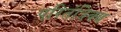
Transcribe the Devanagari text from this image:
परितंत्रिक्य